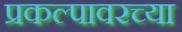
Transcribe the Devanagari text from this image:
प्रकल्पावरच्या